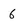
Character: 6